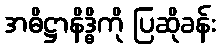
အဓိဋ္ဌာနိဒ္ဓိကို ပြဆိုခန်း